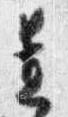
置